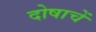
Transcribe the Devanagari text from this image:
दोषाचें